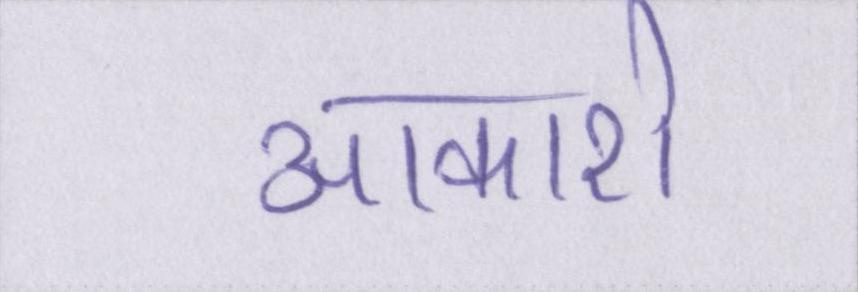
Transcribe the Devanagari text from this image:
आकाशे